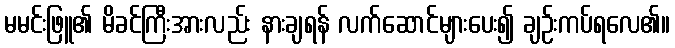
မမင်းဖြူ၏ မိခင်ကြီးအားလည်း နားချရန် လက်ဆောင်များပေး၍ ချဉ်းကပ်ရလေ၏။